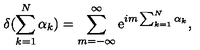
\delta ( \sum _ { k = 1 } ^ { N } \alpha _ { k } ) = \sum _ { m = - \infty } ^ { \infty } \mathrm { e } ^ { i m \sum _ { k = 1 } ^ { N } \alpha _ { k } } ,